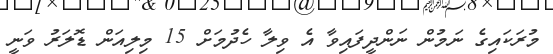
މުރަކައިގެ ނަމުން ނަންދީފައިވާ އެ ވިލާ ހެދުމަށް 15 މިލިއަން ޑޮލަރު ވަނީ